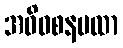
အဓိဝစနပထာ